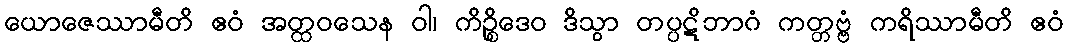
ယောဇေဿာမီတိ ဧဝံ အတ္ထဝသေန ဝါ၊ ကိဉ္စိဒေဝ ဒိသွာ တပ္ပဋိဘာဂံ ကတ္တဗ္ဗံ ကရိဿာမီတိ ဧဝံ